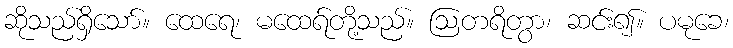
ဆိုသည်ရှိသော်။ ထေရေ၊ မထေရ်တို့သည်။ ဩတရိတွာ၊ ဆင်း၍။ ပမုခေ၊